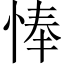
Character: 𢜗